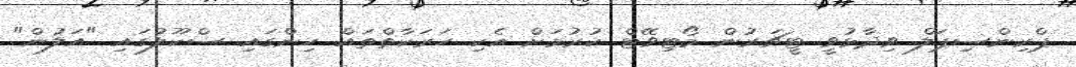
ޕްރިންސިޕަލް ވިދާޅުވީ ޓީޗަރުން މޯޓިވޭޓް ކުރުމަށް އެކި ހަރަކާތްތައް ހިންގައި ސްކޫލުގައި "އަލުން"